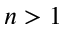
n > 1